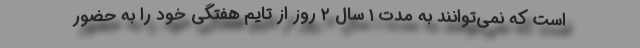
است که نمی‌توانند به مدت ۱ سال ۲ روز از تایم هفتگی خود را به حضور